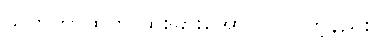
သူတကာထက် ထူးခြားအောင် လုပ်တဲ့နည်း။